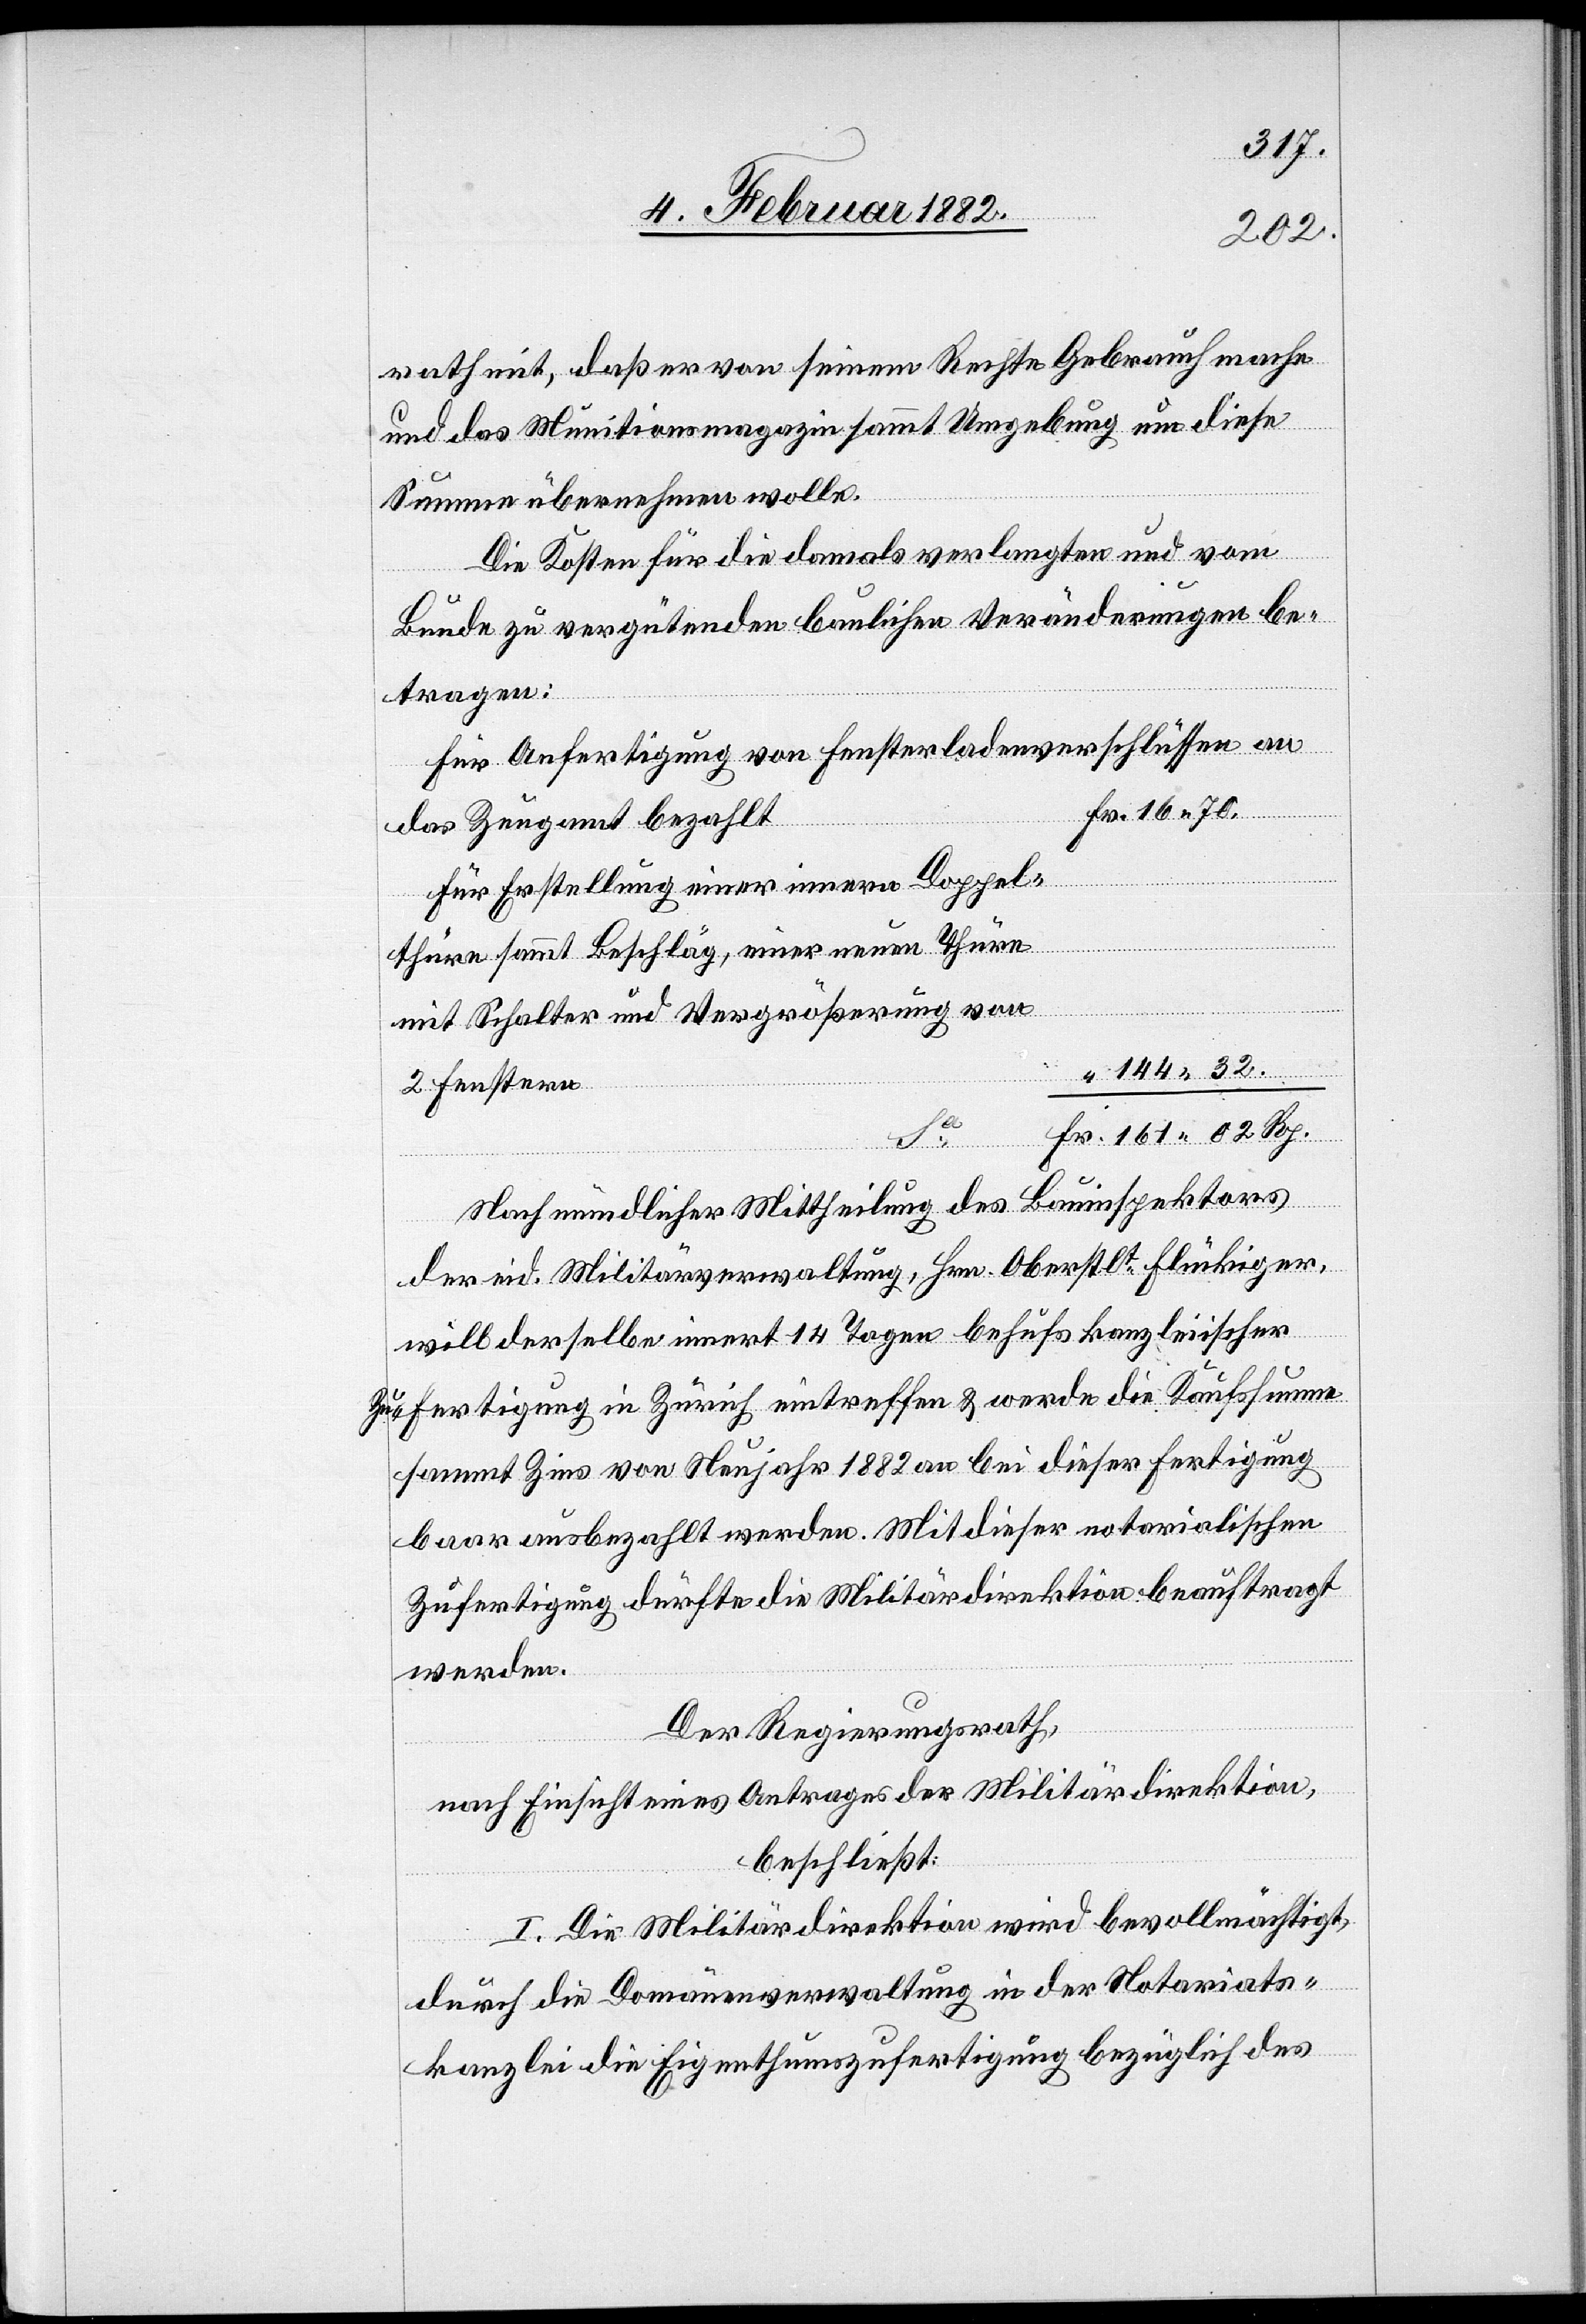
rath mit, daß er von seinem Rechte Gebrauch machen
und das Munitionsmagazin sammt Umgebung um diese
Summe übernehmen wolle.
Die Kosten für die damals verlangten und vom
Bunde zu vergütenden baulichen Veränderungen be¬
tragen:
Für Anfertigung von Fensterladenverschlüssen an
Fr. 16 70.
das Zeughaus bezahlt
Für Erstellung einer innere Doppel¬
thüre sammt Beschlag, einer neuen Thüre
mit Schalter und Vergrößerung von
144 32.
Fr. 161 02 Rp.
Nach mündlicher Mittheilung des Bauinspektors
der eid. Militärverwaltung, Hrn. Oberstlt Flückiger,
will derselbe innert 14 Tagen behufs kanzleiischer
Zufertigung in Zürich eintreffen & werde die Kaufsumme
sammt Zins von Neujahr 1882 bei dieser Fertigung
baar ausbezahlt werden. Mit dieser notarialischen
Zufertigung dürfte die Militärdirektion beauftragt
werden.
Der Regierungsrath,
nach Einsicht eines Antrages der Militärdirektion,
beschließt:
I. Die Militärdirektion wird bevollmächtigt,
durch die Domänenverwaltung in der Notariats¬
kanzlei die Eigenthumszufertigung bezüglich des